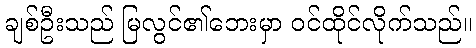
ချစ်ဦးသည် မြလွင်၏ဘေးမှာ ဝင်ထိုင်လိုက်သည်။